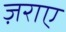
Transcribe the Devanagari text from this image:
ज़राए